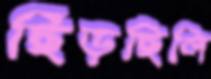
ছিঁড়ছিলি